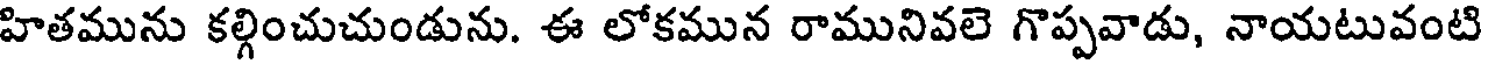
హితమును కల్గించుచుండును. ఈ లోకమున రామునివలె గొప్పవాడు, నాయటువంటి